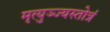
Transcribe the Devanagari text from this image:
मृत्युञ्ज्यस्तोत्रं